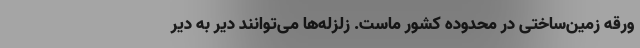
ورقه زمین‌ساختی در محدوده کشور ماست. زلزله‌ها می‌توانند دیر به دیر